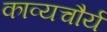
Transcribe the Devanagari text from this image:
काव्यचौर्य